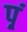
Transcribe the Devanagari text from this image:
प़्रं